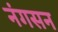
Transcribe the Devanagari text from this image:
नंगसन